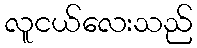
လူငယ်လေးသည်